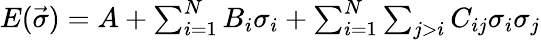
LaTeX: \begin{array}{r}{E(\vec{\sigma})=A+\sum_{i=1}^{N}B_{i}\sigma_{i}+\sum_{i=1}^{N}\sum_{j>i}C_{ij}\sigma_{i}\sigma_{j}}\end{array}